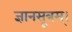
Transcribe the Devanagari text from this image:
ज्ञानसूत्रम्।